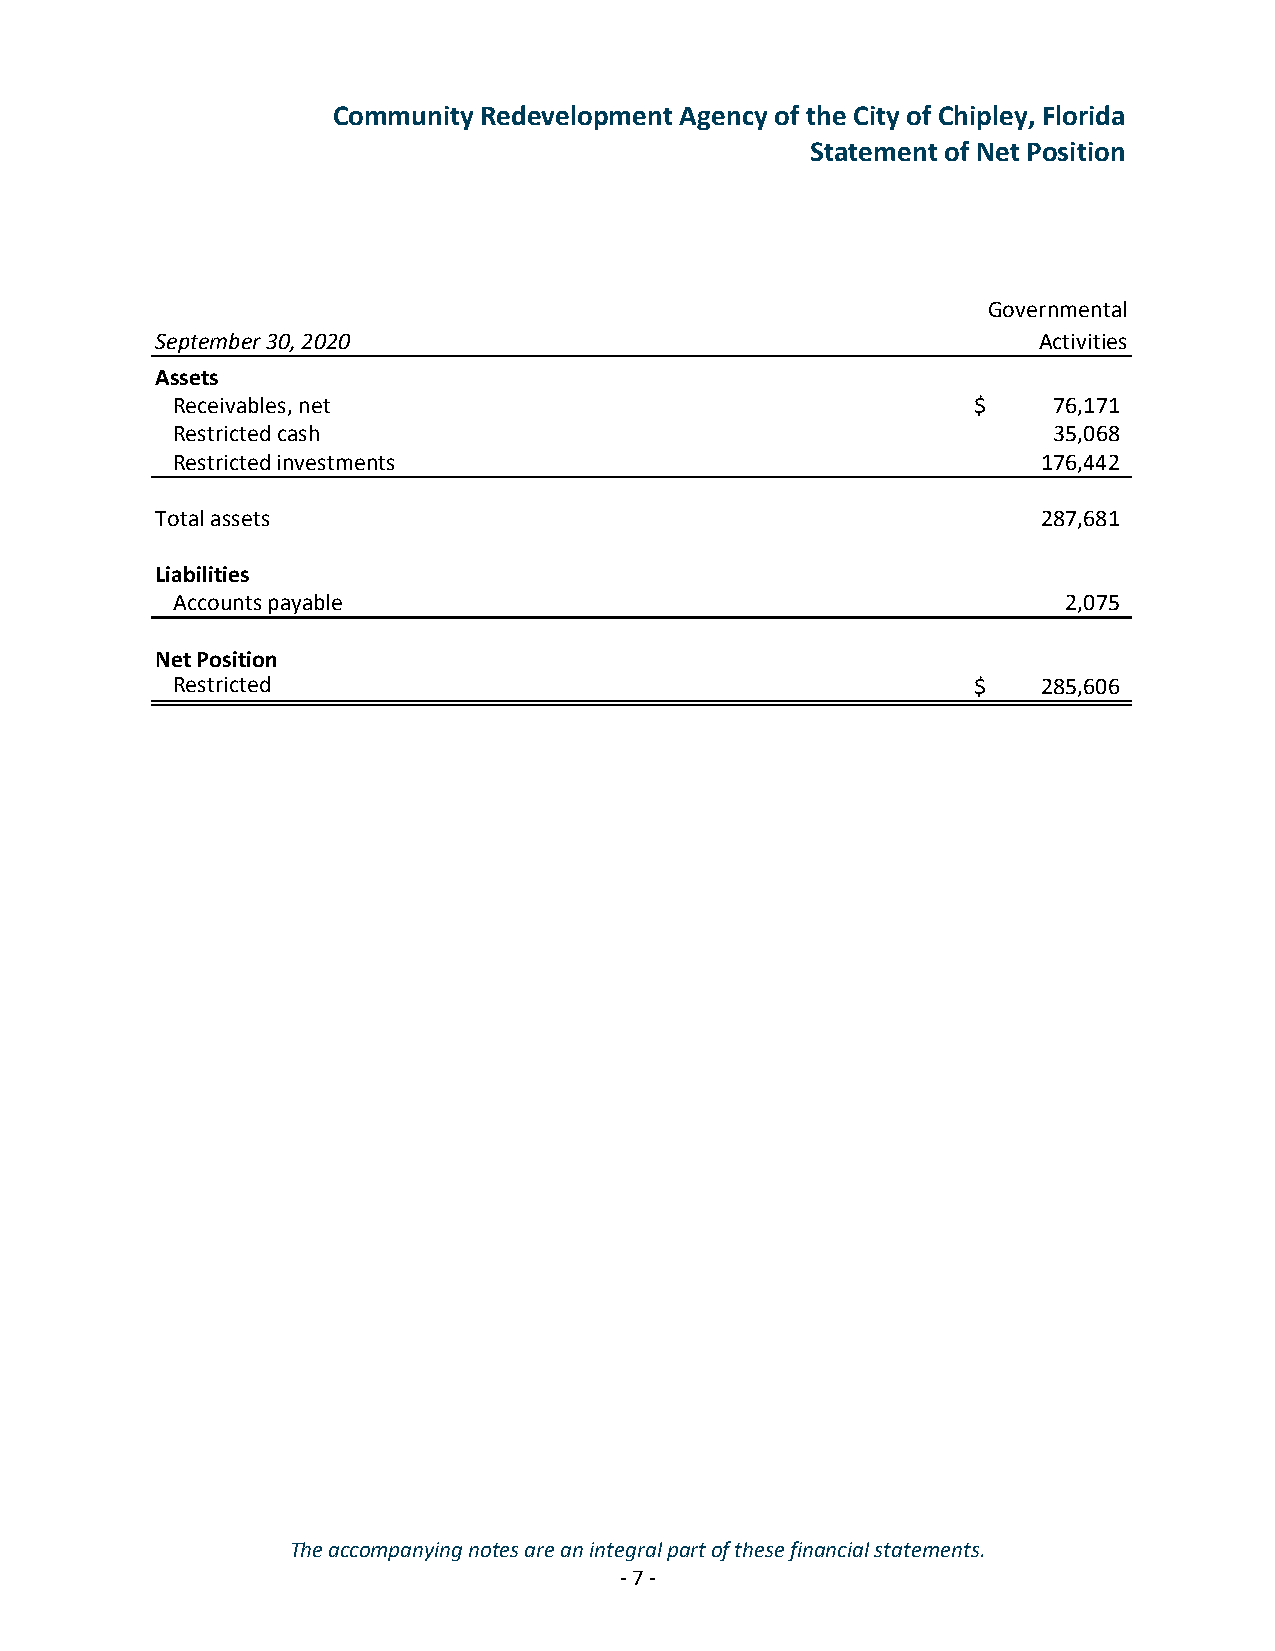
Community Redevelopment Agency of the City of Chipley, Florida
 Statement of Net Position
 Governmental
 September 30, 2020                                         Activities
 Assets
 Receivables, net                                     $     76,171
 Restricted cash                                            35,068
 Restricted investments                                    176,442
 Total assets                                               287,681
 Liabilities
 Accounts payable                                            2,075
 Net Position
 Restricted                                           $    2 85,606
 The accompanying notes are an integral part of these financial statements.
 -7 -